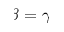
\beta = \gamma